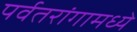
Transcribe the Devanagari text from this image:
पर्वतरांगामध्ये